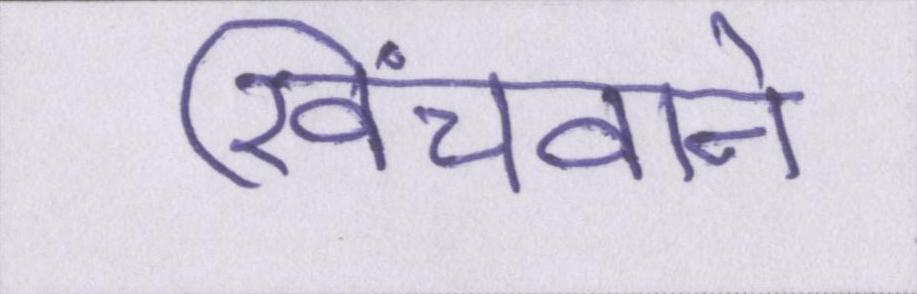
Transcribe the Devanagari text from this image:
खिंचवाने